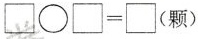
$$\Box \circ \Box = \Box ( 颗 )$$